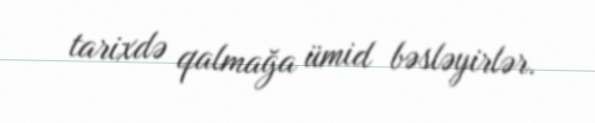
tarixdə qalmağa ümid bəsləyirlər.